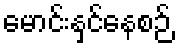
မောင်းနှင်နေစဉ်